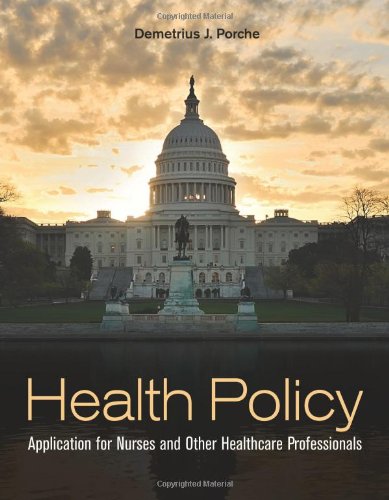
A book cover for Health Policy: Application for Nurses and Other Health Care Professionals; Demetrius J. Porche; Medical Books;